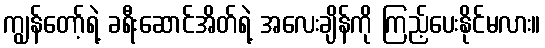
ကျွန်တော့်ရဲ့ ခရီးဆောင်အိတ်ရဲ့ အလေးချိန်ကို ကြည့်ပေးနိုင်မလား။